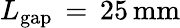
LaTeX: L_{\mathrm{{gap}}}\, =\, 25\, \mathrm{{mm}}